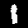
Digit: 1